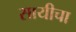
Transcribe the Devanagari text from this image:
सायीचा